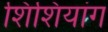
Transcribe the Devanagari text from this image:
शिंशियांग